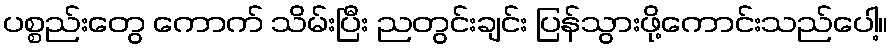
ပစ္စည်းတွေ ကောက် သိမ်းပြီး ညတွင်းချင်း ပြန်သွားဖို့ကောင်းသည်ပေါ့။